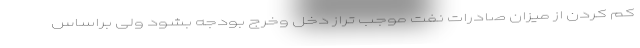
کم کردن از میزان صادرات نفت موجب تراز دخل وخرج بودجه بشود ولی براساس